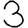
Digit: 3